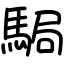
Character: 駶